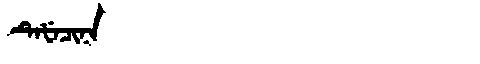
Manchu: ᡨᡝᡶᡝᠴᡳᠨᠠ
Romanization: TEFECINA